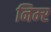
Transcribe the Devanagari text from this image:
निम्‍र